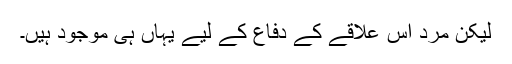
لیکن مرد اس علاقے کے دفاع کے لیے یہاں ہی موجود ہیں۔